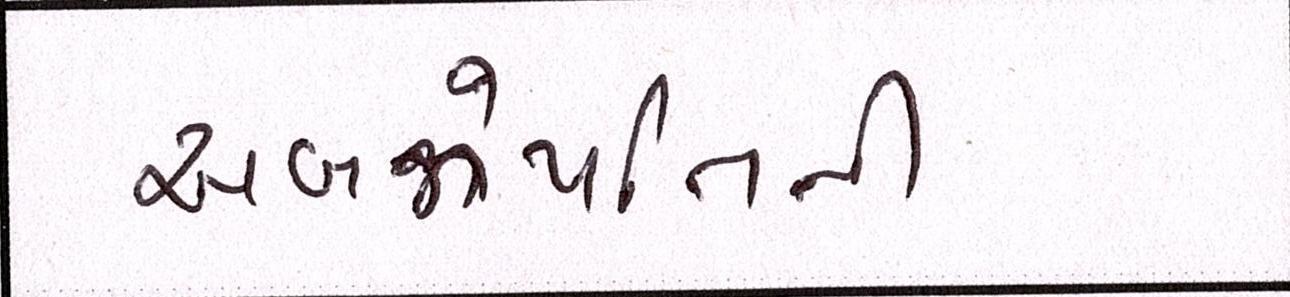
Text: અબજોપતિની